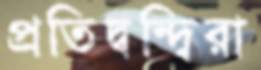
প্রতিদ্বন্দ্বিরা